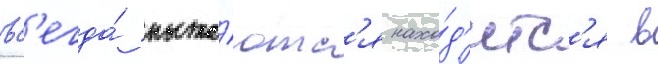
вс'егда́ пыта́ютс'я нахо́д'итс'я в